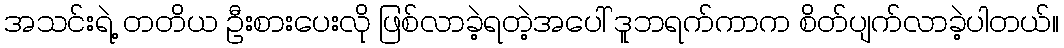
အသင်းရဲ့ တတိယ ဦးစားပေးလို ဖြစ်လာခဲ့ရတဲ့အပေါ် ဒူဘရက်ကာက စိတ်ပျက်လာခဲ့ပါတယ်။